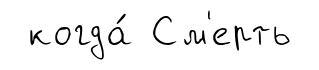
когда́ См'ерть